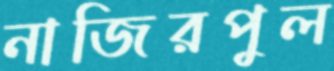
নাজিরপুল